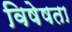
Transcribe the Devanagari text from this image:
विषेषता